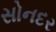
સોનદર